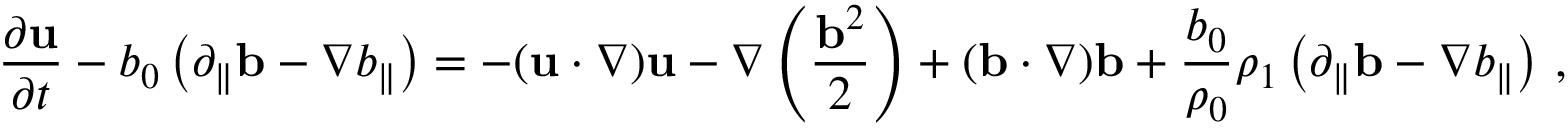
{ \frac { \partial { \bf u } } { \partial t } } - b _ { 0 } \left( \partial _ { \parallel } { \bf b } - \nabla b _ { \parallel } \right) = - ( { \bf u } \cdot \nabla ) { \bf u } - \nabla \left( \frac { { \bf b } ^ { 2 } } { 2 } \right) + ( { \bf b } \cdot \nabla ) { \bf b } + \frac { b _ { 0 } } { \rho _ { 0 } } \rho _ { 1 } \left( \partial _ { \parallel } { \bf b } - \nabla b _ { \parallel } \right) \, ,